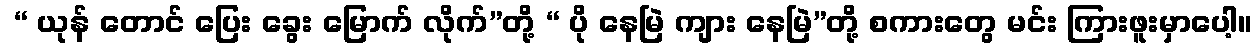
 “ ယုန် တောင် ပြေး ခွေး မြောက် လိုက်”တို့ “ ပို နေမြဲ ကျား နေမြဲ”တို့ စကားတွေ မင်း ကြားဖူးမှာပေါ့။